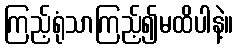
ကြည့်ရုံသာကြည့်၍မထိပါနဲ့။